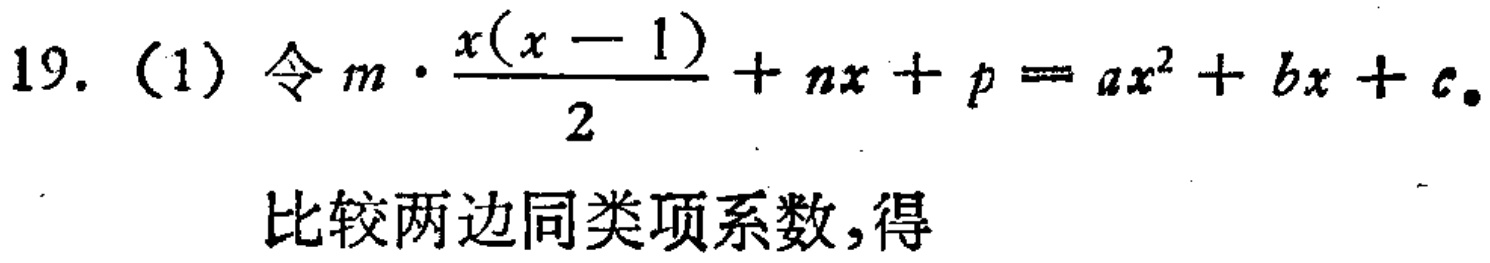
19. (1) 令 \(m\cdot\frac{x(x - 1)}{2}+nx + p=ax^{2}+bx + c\)。

比较两边同类项系数，得